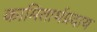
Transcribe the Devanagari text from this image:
कामितार्थप्रदाय